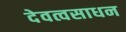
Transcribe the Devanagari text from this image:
देवत्वसाधन